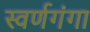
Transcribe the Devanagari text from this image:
स्वर्णगंगा